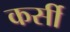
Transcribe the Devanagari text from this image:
कर्सी